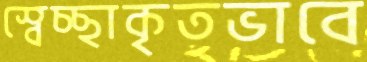
স্বেচ্ছাকৃতভাবে